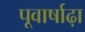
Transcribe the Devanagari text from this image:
पूवार्षाढ़ा